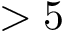
> 5